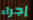
إجراء